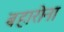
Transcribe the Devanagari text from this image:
बहारोना